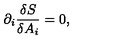
\partial _ { i } \frac { \delta S } { \delta A _ { i } } = 0 ,